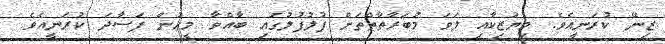
ޒިނޭ ކުރަނީއެވެ. މިޔުޒިކާއި ލަވަ މުބަރާތާތްތަށް ފުލުފުލުގައި ބާއްވާ މީހުން ފަސާދަ ކުރަނީއެވެ.